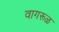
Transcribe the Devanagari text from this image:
वागरूळ